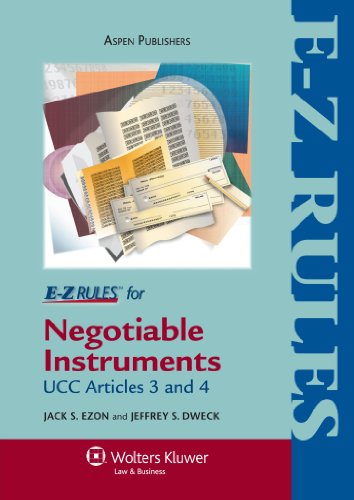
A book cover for E-Z Rules for Negotiable Instruments and Bank Deposits (UCC Art 3 & 4) (AspenLaw Studydesk); Jack S. Ezon; Law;